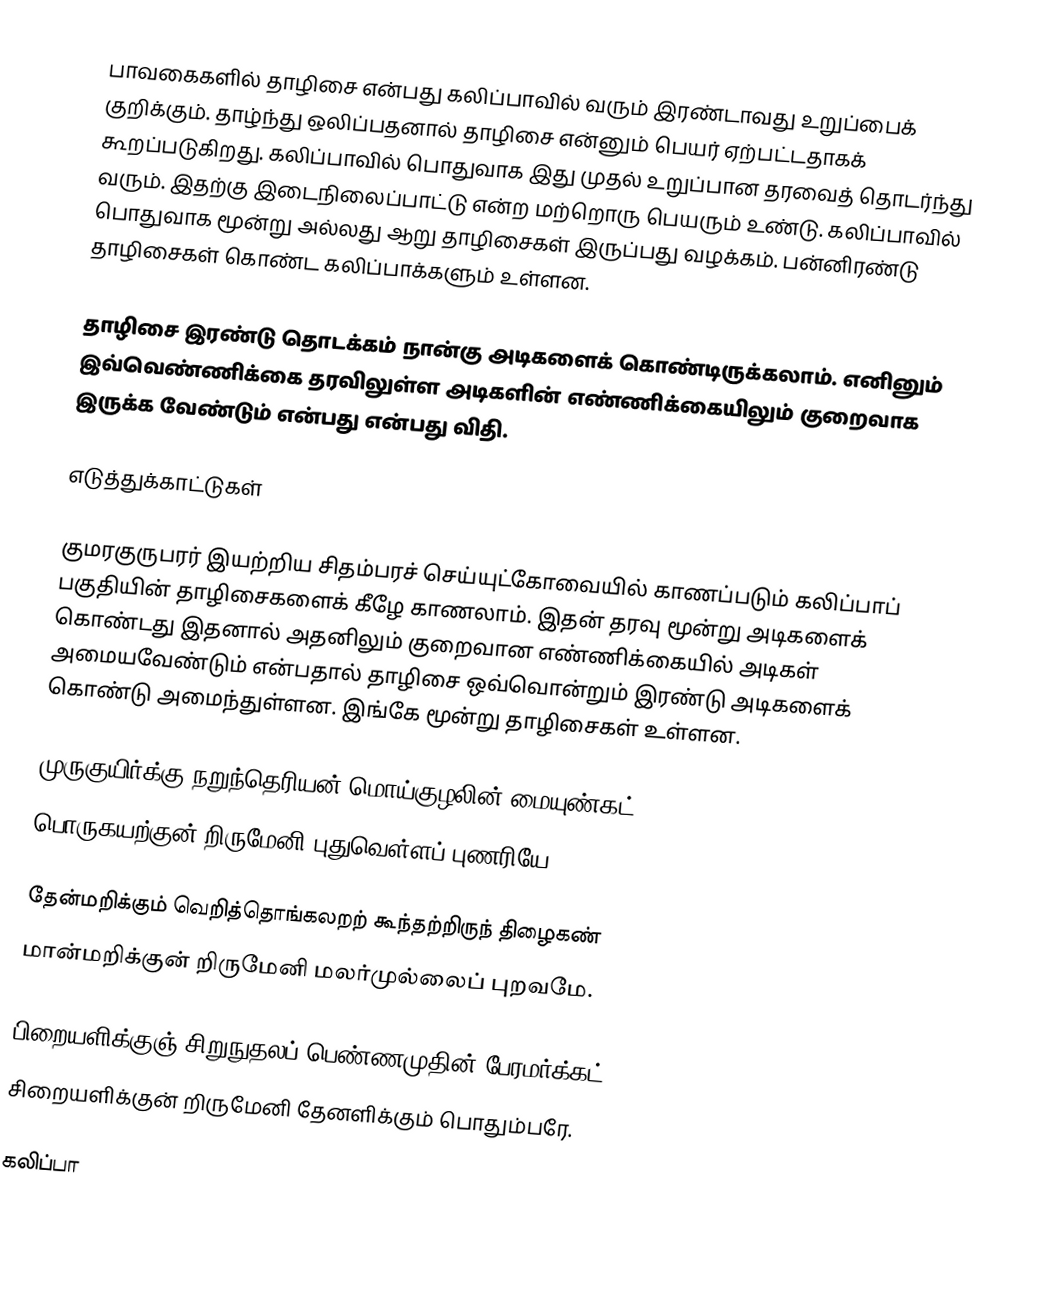
பாவகைகளில் தாழிசை என்பது கலிப்பாவில் வரும் இரண்டாவது உறுப்பைக் குறிக்கும். தாழ்ந்து ஒலிப்பதனால் தாழிசை என்னும் பெயர் ஏற்பட்டதாகக் கூறப்படுகிறது. கலிப்பாவில் பொதுவாக இது முதல் உறுப்பான தரவைத் தொடர்ந்து வரும். இதற்கு இடைநிலைப்பாட்டு என்ற மற்றொரு பெயரும் உண்டு. கலிப்பாவில் பொதுவாக மூன்று அல்லது ஆறு தாழிசைகள் இருப்பது வழக்கம். பன்னிரண்டு தாழிசைகள் கொண்ட கலிப்பாக்களும் உள்ளன.

தாழிசை இரண்டு தொடக்கம் நான்கு அடிகளைக் கொண்டிருக்கலாம். எனினும் இவ்வெண்ணிக்கை தரவிலுள்ள அடிகளின் எண்ணிக்கையிலும் குறைவாக இருக்க வேண்டும் என்பது என்பது விதி.

எடுத்துக்காட்டுகள்

குமரகுருபரர் இயற்றிய சிதம்பரச் செய்யுட்கோவையில் காணப்படும் கலிப்பாப் பகுதியின் தாழிசைகளைக் கீழே காணலாம். இதன் தரவு மூன்று அடிகளைக் கொண்டது இதனால் அதனிலும் குறைவான எண்ணிக்கையில் அடிகள் அமையவேண்டும் என்பதால் தாழிசை ஒவ்வொன்றும் இரண்டு அடிகளைக் கொண்டு அமைந்துள்ளன. இங்கே மூன்று தாழிசைகள் உள்ளன.

 முருகுயிர்க்கு நறுந்தெரியன் மொய்குழலின் மையுண்கட்
 பொருகயற்குன் றிருமேனி புதுவெள்ளப் புணரியே

 தேன்மறிக்கும் வெறித்தொங்கலறற் கூந்தற்றிருந் திழைகண்
 மான்மறிக்குன் றிருமேனி மலர்முல்லைப் புறவமே.

 பிறையளிக்குஞ் சிறுநுதலப் பெண்ணமுதின் பேரமர்க்கட்
 சிறையளிக்குன் றிருமேனி தேனளிக்கும் பொதும்பரே.

கலிப்பா